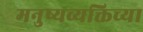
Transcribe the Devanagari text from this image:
मनुष्यव्यक्तिच्या